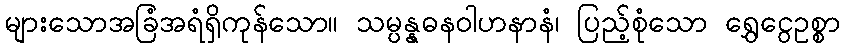
များသောအခြံအရံရှိကုန်သော။ သမ္ပန္နဓနဝါဟနာနံ၊ ပြည့်စုံသော ရွှေငွေဥစ္စာ